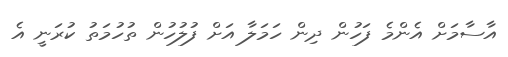
އާސާމަށް އެންމެ ފަހުން ދިން ހަމަލާ އަށް ފުލުހުން ތުހުމަތު ކުރަނީ އެ